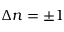
\Delta n = \pm 1